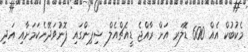
މެކުބުކް އެއް 600 ޑޮލަރ އަށް ރާއްޖެ ޑީއެޗްއެލް ޝިޕިންގައި ފޮނުވަދޭނެކަމަށާއި އަދި